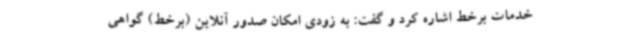
خدمات برخط اشاره کرد و گفت: به زودی امکان صدور آنلاین (برخط) گواهی